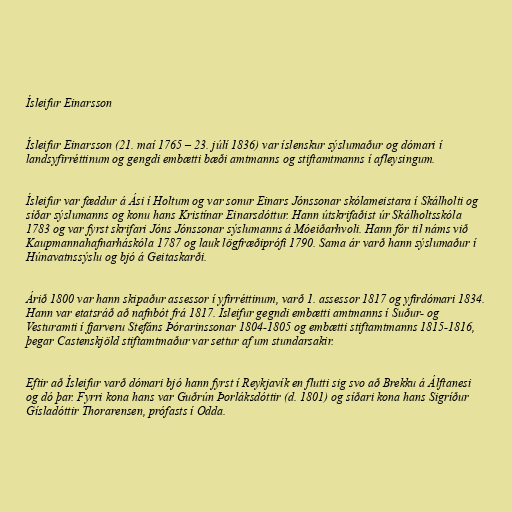
Ísleifur Einarsson

Ísleifur Einarsson (21. maí 1765 – 23. júlí 1836) var íslenskur sýslumaður og dómari í
landsyfirréttinum og gengdi embætti bæði amtmanns og stiftamtmanns í afleysingum.

Ísleifur var fæddur á Ási í Holtum og var sonur Einars Jónssonar skólameistara í Skálholti og
síðar sýslumanns og konu hans Kristínar Einarsdóttur. Hann útskrifaðist úr Skálholtsskóla
1783 og var fyrst skrifari Jóns Jónssonar sýslumanns á Móeiðarhvoli. Hann fór til náms við
Kaupmannahafnarháskóla 1787 og lauk lögfræðiprófi 1790. Sama ár varð hann sýslumaður í
Húnavatnssýslu og bjó á Geitaskarði.

Árið 1800 var hann skipaður assessor í yfirréttinum, varð 1. assessor 1817 og yfirdómari 1834.
Hann var etatsráð að nafnbót frá 1817. Ísleifur gegndi embætti amtmanns í Suður- og
Vesturamti í fjarveru Stefáns Þórarinssonar 1804-1805 og embætti stiftamtmanns 1815-1816,
þegar Castenskjöld stiftamtmaður var settur af um stundarsakir.

Eftir að Ísleifur varð dómari bjó hann fyrst í Reykjavík en flutti sig svo að Brekku á Álftanesi
og dó þar. Fyrri kona hans var Guðrún Þorláksdóttir (d. 1801) og síðari kona hans Sigríður
Gísladóttir Thorarensen, prófasts í Odda.